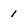
Character: 1